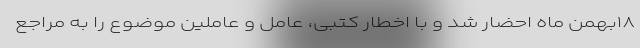
۱۸بهمن ماه احضار شد و با اخطار کتبی، عامل و عاملین موضوع را به مراجع